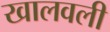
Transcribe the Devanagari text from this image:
खालवली